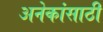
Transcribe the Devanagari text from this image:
अनेकांसाठी